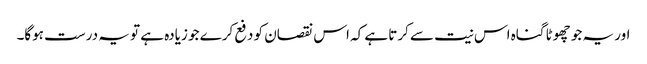
اور یہ جو چھوٹا گناہ اس نیت سے کرتا ہے کہ اس نقصان کو دفع کرے جو زیادہ ہے تو یہ درست ہوگا۔